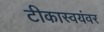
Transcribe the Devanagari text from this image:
टीकास्वयंवर